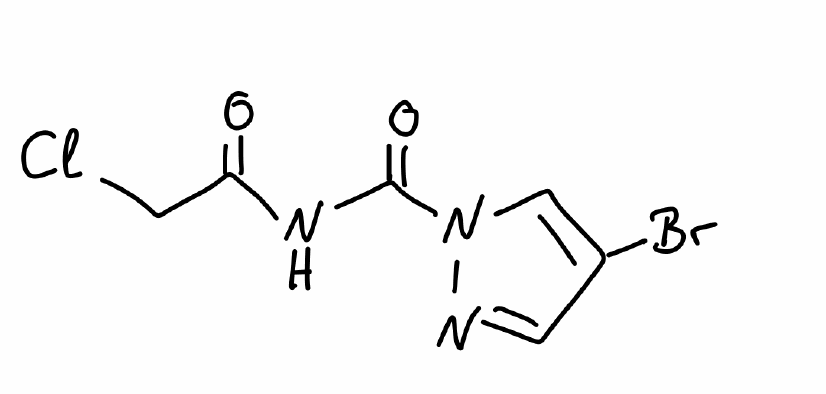
Simplified molecular-input line-entry system (SMILES) notation of the given molecule:
C1=C(C=NN1C(=O)NC(=O)CCl)Br